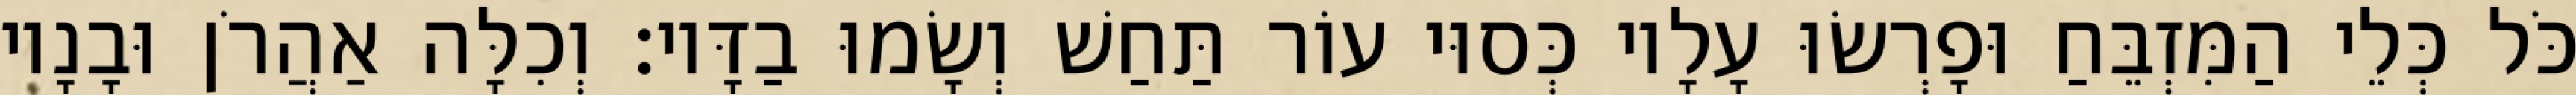
כֹּל כְּלֵי הַמִּזְבֵּחַ וּפָרְשׂוּ עָלָיו כְּסוּי עוֹר תַּחַשׁ וְשָׂמוּ בַדָּיו׃ וְכִלָּה אַהֲרֹן וּבָנָיו